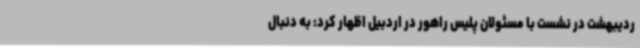
ردیبهشت در نشست با مسئولان پلیس راهور در اردبیل اظهار کرد: به دنبال